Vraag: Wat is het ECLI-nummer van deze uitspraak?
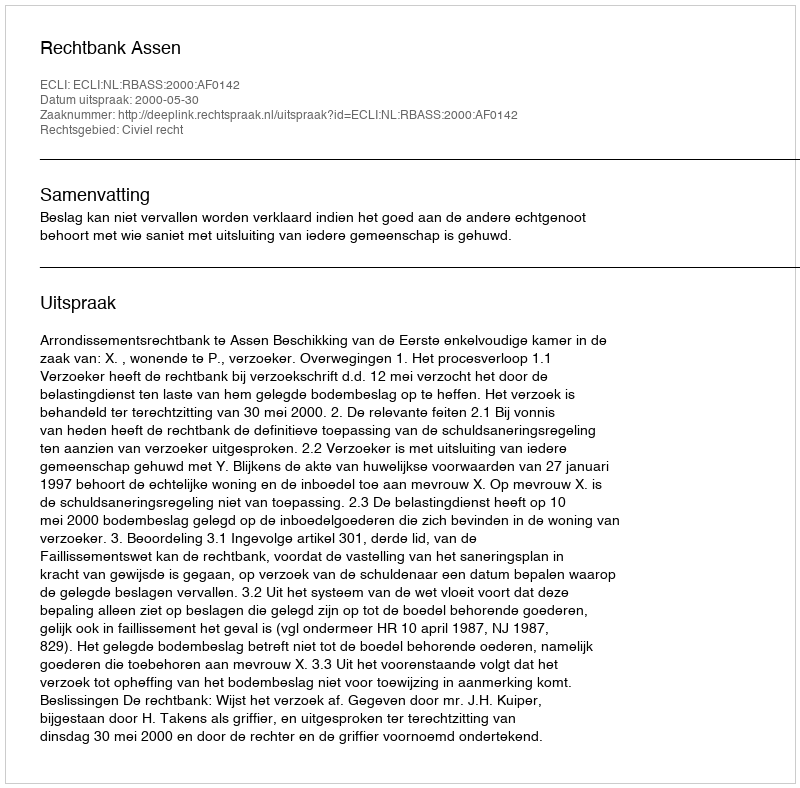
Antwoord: ECLI:NL:RBASS:2000:AF0142